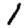
Digit: 1